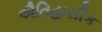
ઐતિહાસીક